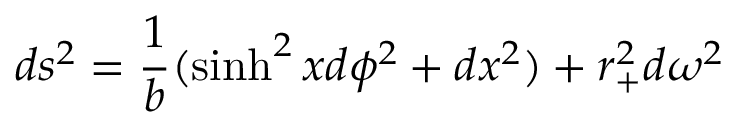
d s ^ { 2 } = { \frac { 1 } { b } } ( \sinh ^ { 2 } x d \phi ^ { 2 } + d x ^ { 2 } ) + r _ { + } ^ { 2 } d \omega ^ { 2 }